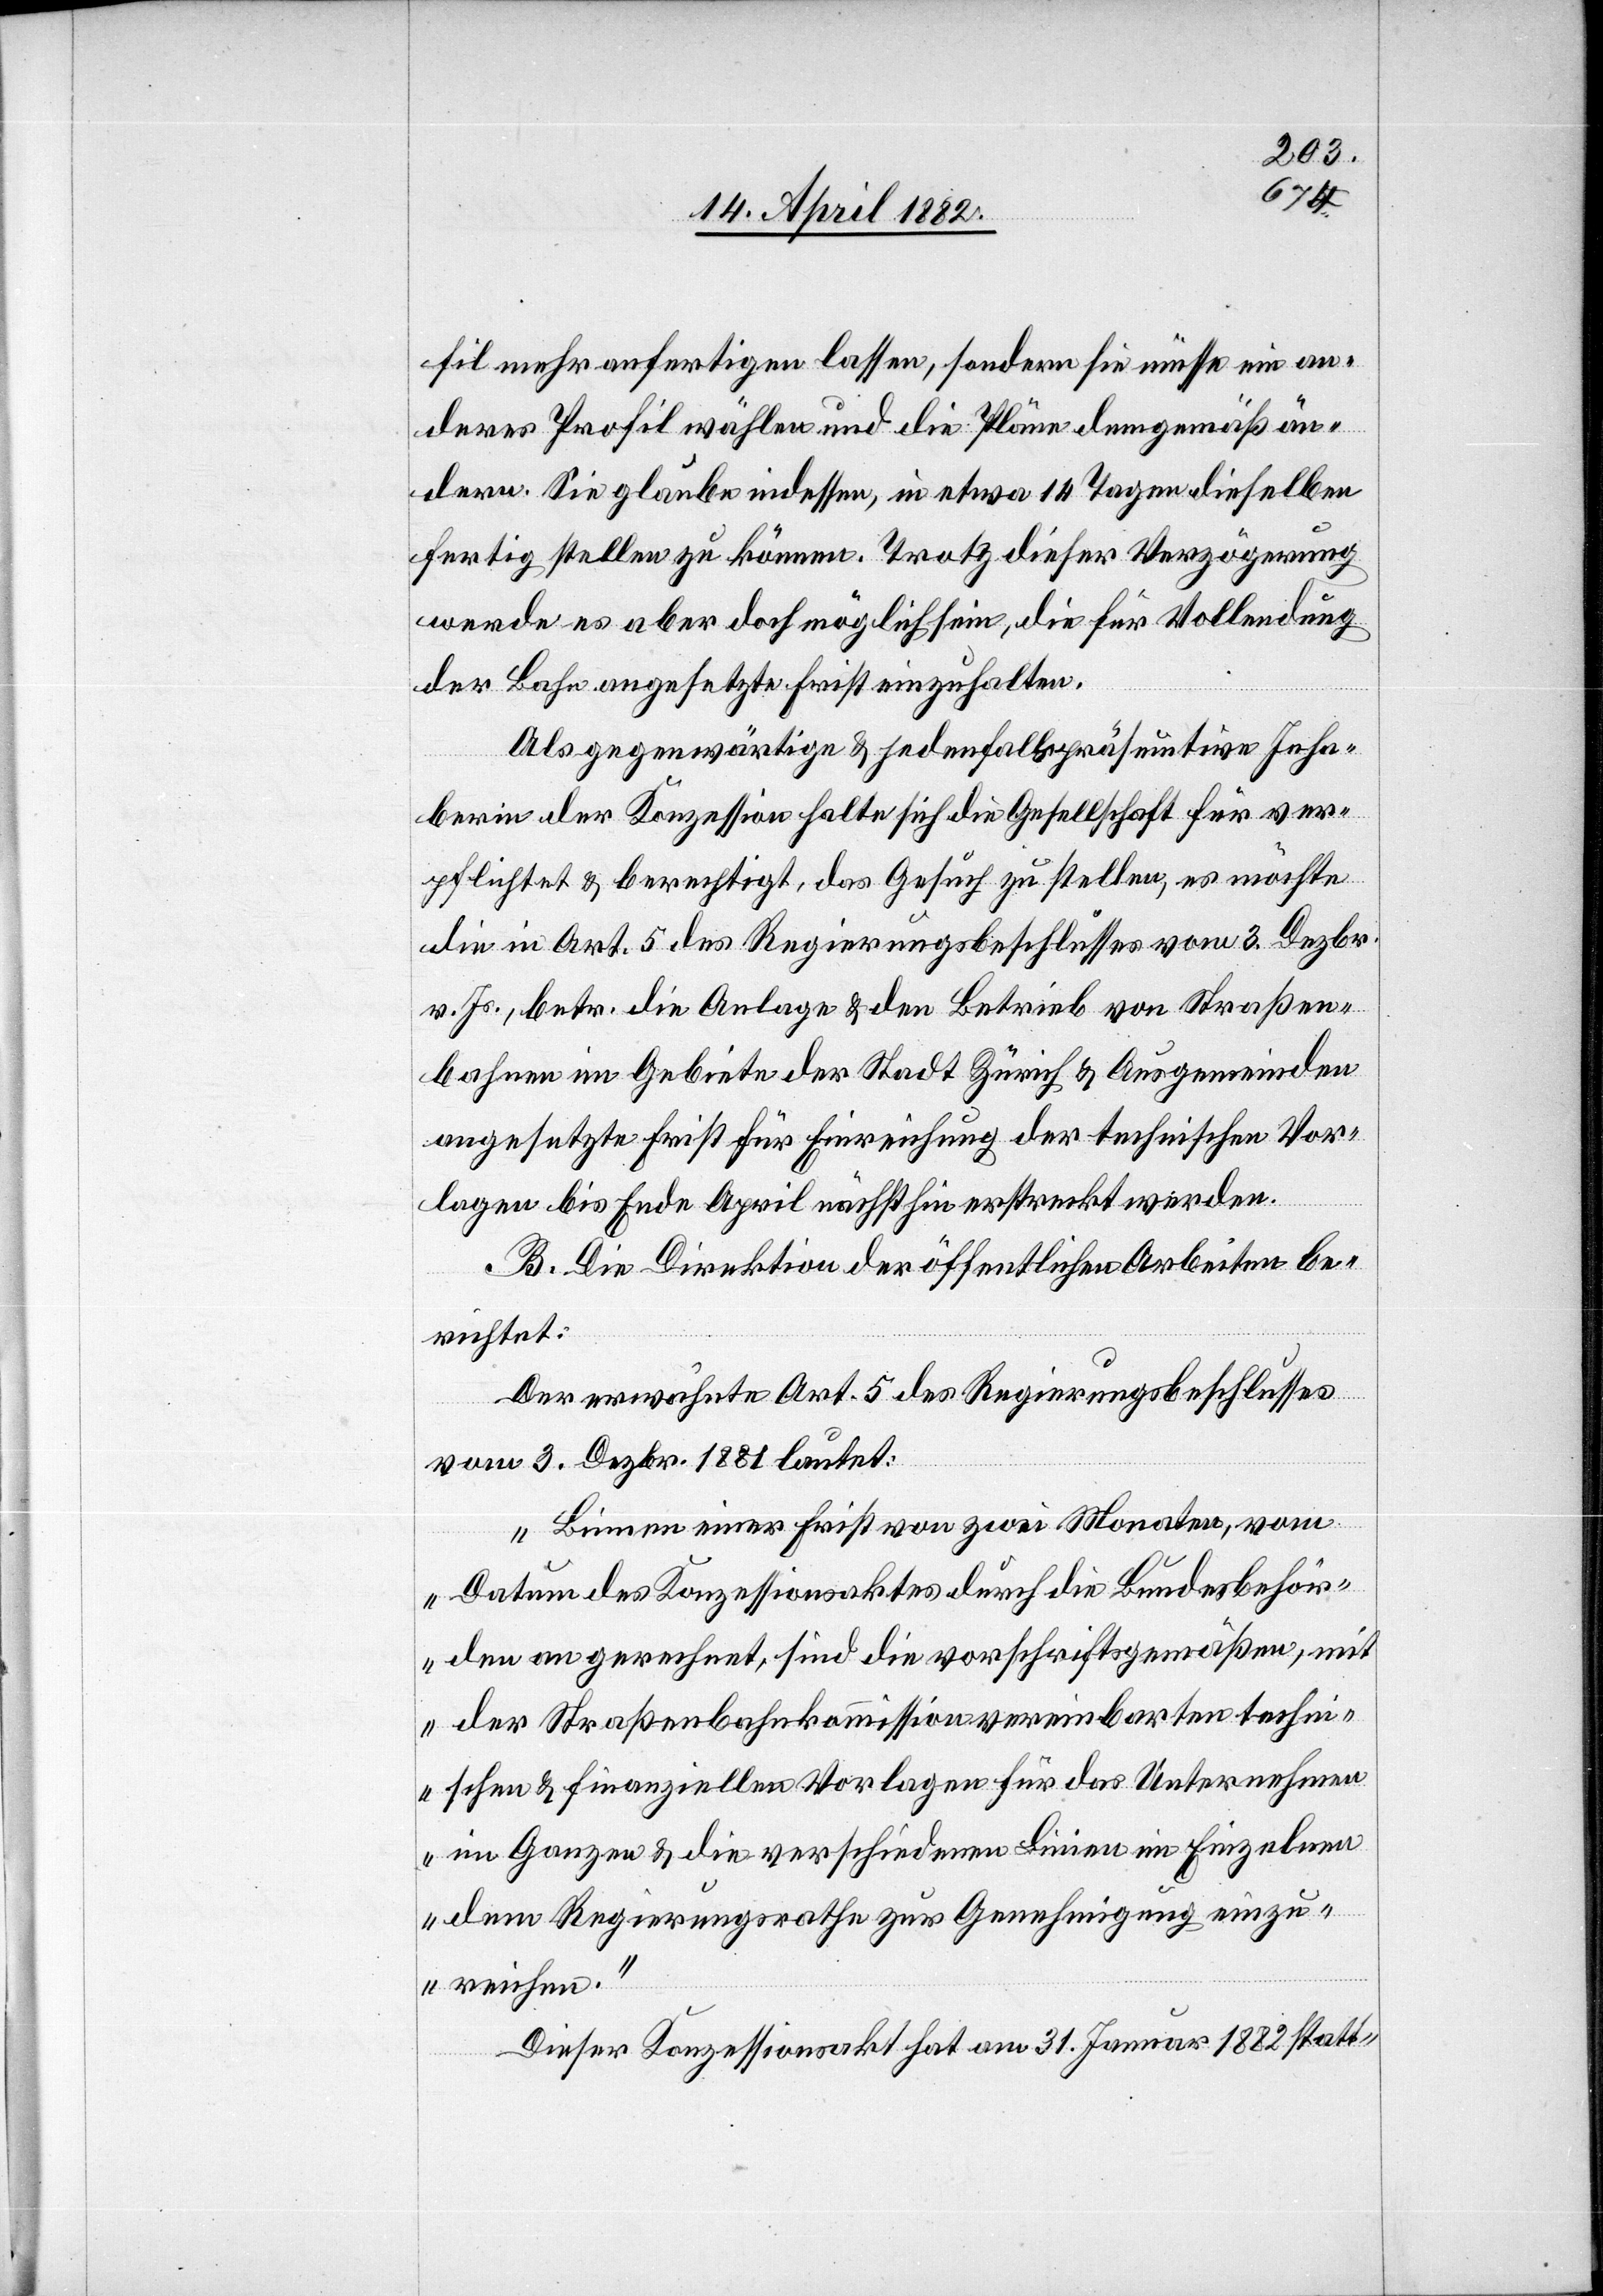
fil mehr anfertigen lassen, sondern sie müsse ein an¬
deres Profil wählen und die Pläne demgemäß än¬
dern. Sie glaube indessen, in etwa 14 Tagen dieselben
fertig stellen zu können. Trotz dieser Verzögerung
werde es aber doch möglich sein, die für Vollendung
der Bahn angesetzte Frist einzuhalten.
Als gegenwärtige & jedenfalls präsumtive Inha¬
berin der Konzession halte sich die Gesellschaft für ver¬
pflichtet & berechtigt, das Gesuch zu stellen, es möchte
die in Art. 5 des Regierungsbeschlusses vom 3. Dezbr.
v. Js., betr. die Anlage & den Betrieb von Straßen¬
bahnen im Gebiete der Stadt Zürich & Ausgemeinden
angesetzte Frist für Einreichung der technischen Vor¬
lagen bis Ende April nächsthin erstreckt werden.
B. Die Direktion der öffentlichen Arbeiten be¬
richtet:
Der erwähnte Art. 5 des Regierungsbeschlusses
vom 3. Dezbr. 1881 lautet:
„Binnen einer Frist von zwei Monaten, vom
Datum des Konzessionsaktes durch die Bundesbehör¬
den an gerechnet, sind die vorschriftsgemäßen, mit
der Straßenbahnkommission vereinbarten techni¬
schen & finanziellen Vorlagen für das Unternehmen
im Ganzen & die verschiedenen Linien im Einzelnen
dem Regierungsrathe zur Genehmigung einzu¬
reichen.“
Dieser Konzessionsakt hat am 31. Januar 1882 statt-